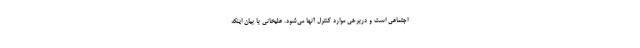
اجتماعی است و دربرخی موارد کنترل آنها می‌شود. علیخانی با بیان اینکه